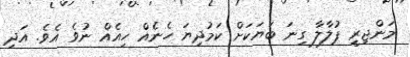
މަންޖިރީ ޕުލާލާ ގިނަ ބަޔަކަށް ކަމުދިޔަ ހެނެއް ހިއެއް ނުވެ އެވެ. އަދި